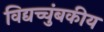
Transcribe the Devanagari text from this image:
विद्यच्चुंबकीय